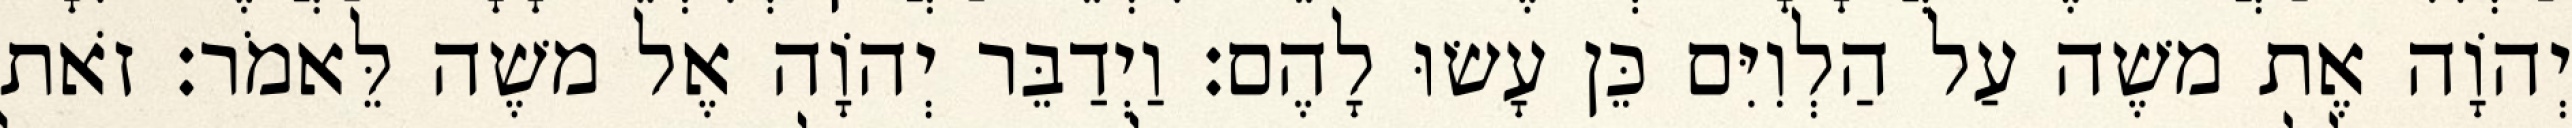
יְהוָֹה אֶת משֶׁה עַל הַלְוִיִּם כֵּן עָשׂוּ לָהֶם׃ וַיְדַבֵּר יְהוָֹה אֶל משֶׁה לֵּאמֹר׃ זֹאת